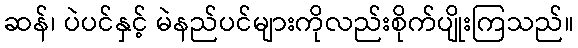
ဆန်၊ ပဲပင်နှင့် မဲနည်ပင်များကိုလည်းစိုက်ပျိုးကြသည်။